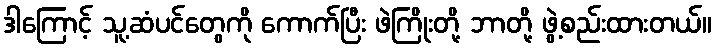
ဒါကြောင့် သူ့ဆံပင်တွေကို ကောက်ပြီး ဖဲကြိုးတို့ ဘာတို့ ဖွဲ့စည်းထားတယ်။